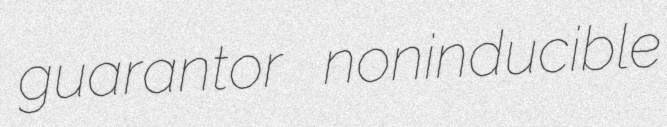
guarantor noninducible